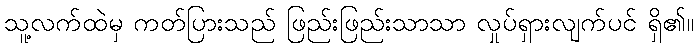
သူ့လက်ထဲမှ ကတ်ပြားသည် ဖြည်းဖြည်းသာသာ လှုပ်ရှားလျက်ပင် ရှိ၏။